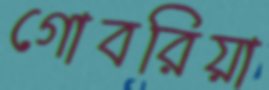
গোবরিয়া